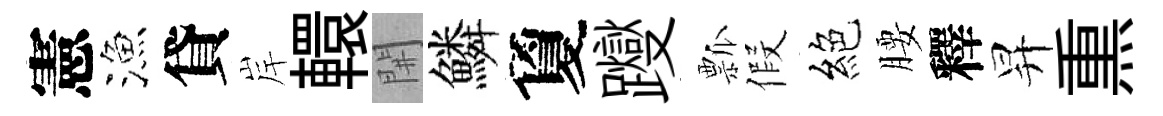
憲漁貸岸轘𨳩鱗夐躞瓢假絕腰釋昇𤋱